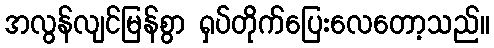
အလွန်လျင်မြန်စွာ ရှပ်တိုက်ပြေးလေတော့သည်။